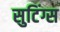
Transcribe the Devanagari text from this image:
सुटिंग्स